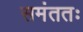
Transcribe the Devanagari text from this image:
समंततः